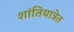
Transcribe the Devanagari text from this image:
शांतियात्रेत